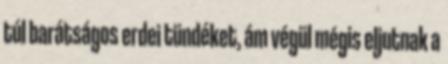
túl barátságos erdei tündéket, ám végül mégis eljutnak a